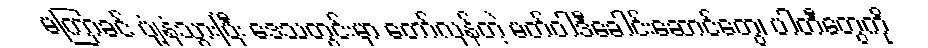
မကြာခင် ပျံ့နှံ့သွားပြီး ဒေသတွင်းမှာ တော်လှန်တဲ့ မတ်ဝါဒီခေါင်းဆောင်တွေ၊ ပါတီတွေကို